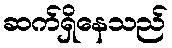
ဆက်ရှိနေသည်